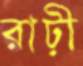
রাঢ়ী